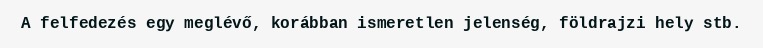
A felfedezés egy meglévő, korábban ismeretlen jelenség, földrajzi hely stb.